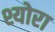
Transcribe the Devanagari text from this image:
श्योरा